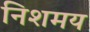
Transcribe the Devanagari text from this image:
निशमय